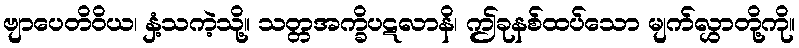
ဗျာပေတိဝိယ၊ နှံ့သကဲ့သို့။ သတ္တအက္ခိပဋလာနိ၊ ဤခုနစ်ထပ်သော မျက်လွှာတို့ကို။